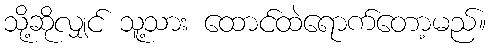
သို့ဆိုလျှင် သူ့သား ထောင်ထဲရောက်တော့မည်။